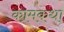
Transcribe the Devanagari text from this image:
कामकथा